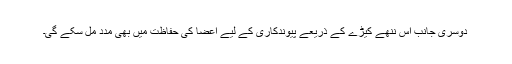
دوسری جانب اس ننھے کیڑے کے ذریعے پیوندکاری کے لیے اعضا کی حفاظت میں بھی مدد مل سکے گی۔